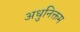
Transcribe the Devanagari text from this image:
अधुनिक्तम